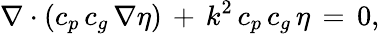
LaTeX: \nabla\cdot\left(c_{p}\, c_{g}\, \nabla\eta\right)\, +\, k^{2}\, c_{p}\, c_{g}\, \eta\, =\, 0,